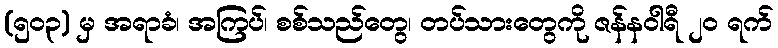
(၅၀၃) မှ အရာခံ၊ အကြပ်၊ စစ်သည်တွေ၊ တပ်သားတွေကို ဇန်နဝါရီ ၂၀ ရက်